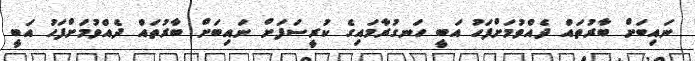
ނައިބަށް ބާރުތައް ދެއްވުމަށްފަހު އަބީ ހަނގުރާމައިގެ ކުރީސަފަށް ނައިބަށް ބާރުތައް ދެއްވުމަށްފަހު އަބީ